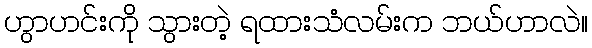
ဟွာဟင်းကို သွားတဲ့ ရထားသံလမ်းက ဘယ်ဟာလဲ။